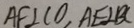
A F \bot C O , A E \bot B C